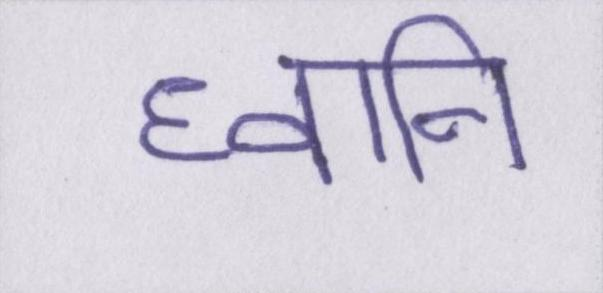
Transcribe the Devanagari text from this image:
घ्वनि